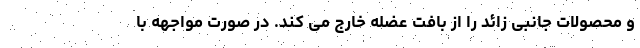
و محصولات جانبی زائد را از بافت عضله خارج می کند. در صورت مواجهه با